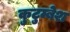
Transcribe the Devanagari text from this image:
कुटुम्बेश